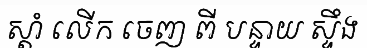
ស្តាំ លើក ចេញ ពី បន្ទាយ ស្ទឹង